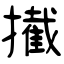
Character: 擮